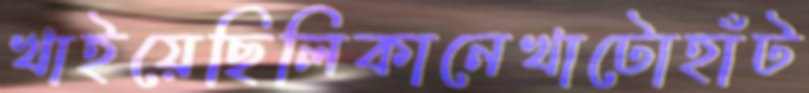
খাইয়েছিলিকানেখাটোহাঁট